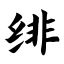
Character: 绯